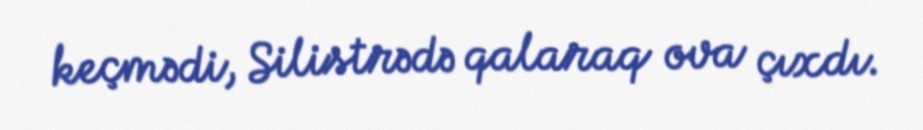
keçmədi, Silistrədə qalaraq ova çıxdı.